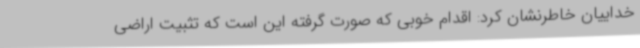
خداییان خاطرنشان کرد: اقدام خوبی که صورت گرفته این است که تثبیت اراضی